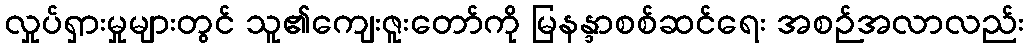
လှုပ်ရှားမှုများတွင် သူ၏ကျေးဇူးတော်ကို မြနန္ဒာစစ်ဆင်ရေး အစဉ်အလာလည်း